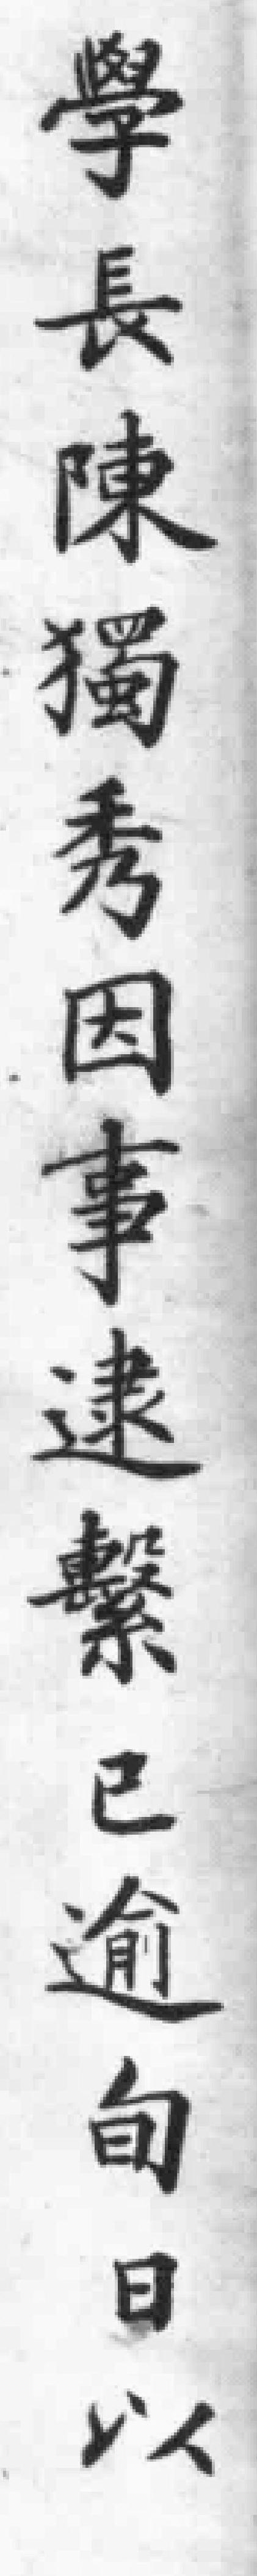
學長陳獨秀因事逮繫已逾甸日以